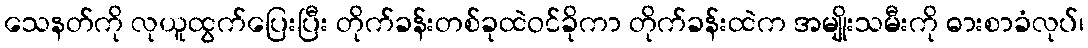
သေနတ်ကို လုယူထွက်ပြေးပြီး တိုက်ခန်းတစ်ခုထဲဝင်ခိုကာ တိုက်ခန်းထဲက အမျိုးသမီးကို ဓားစာခံလုပ်၊